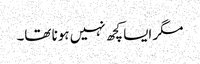
مگر ایسا کچھ نہیں ہونا تھا۔